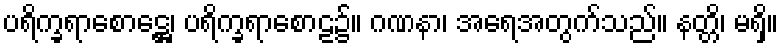
ပရိက္ခရာစောဋ္ဌေ၊ ပရိက္ခရာစောဠ၌။ ဂဏနာ၊ အရေအတွက်သည်။ နတ္တိ၊ မရှိ။